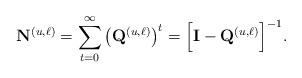
LaTeX: \begin{align*}\mathbf{N}^{(u,\ell)} = \sum_{t=0}^\infty \left(\mathbf{Q}^{(u,\ell)}\right)^t = \Big[\mathbf{I} - \mathbf{Q}^{(u,\ell)}\Big]^{-1}. \end{align*}